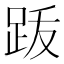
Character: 䟦